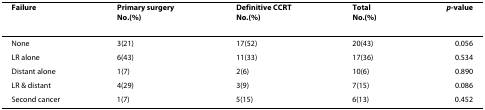
<table><thead><tr><td><b>Failure</b></td><td><b>Primary surgeryNo.(%)</b></td><td><b>Definitive CCRTNo.(%)</b></td><td><b>TotalNo.(%)</b></td><td><b><i>p</i>-value</b></td></tr></thead><tbody><tr><td>None</td><td>3(21)</td><td>17(52)</td><td>20(43)</td><td>0.056</td></tr><tr><td>LR alone</td><td>6(43)</td><td>11(33)</td><td>17(36)</td><td>0.534</td></tr><tr><td>Distant alone</td><td>1(7)</td><td>2(6)</td><td>10(6)</td><td>0.890</td></tr><tr><td>LR &amp; distant</td><td>4(29)</td><td>3(9)</td><td>7(15)</td><td>0.086</td></tr><tr><td>Second cancer</td><td>1(7)</td><td>5(15)</td><td>6(13)</td><td>0.452</td></tr></tbody></table>